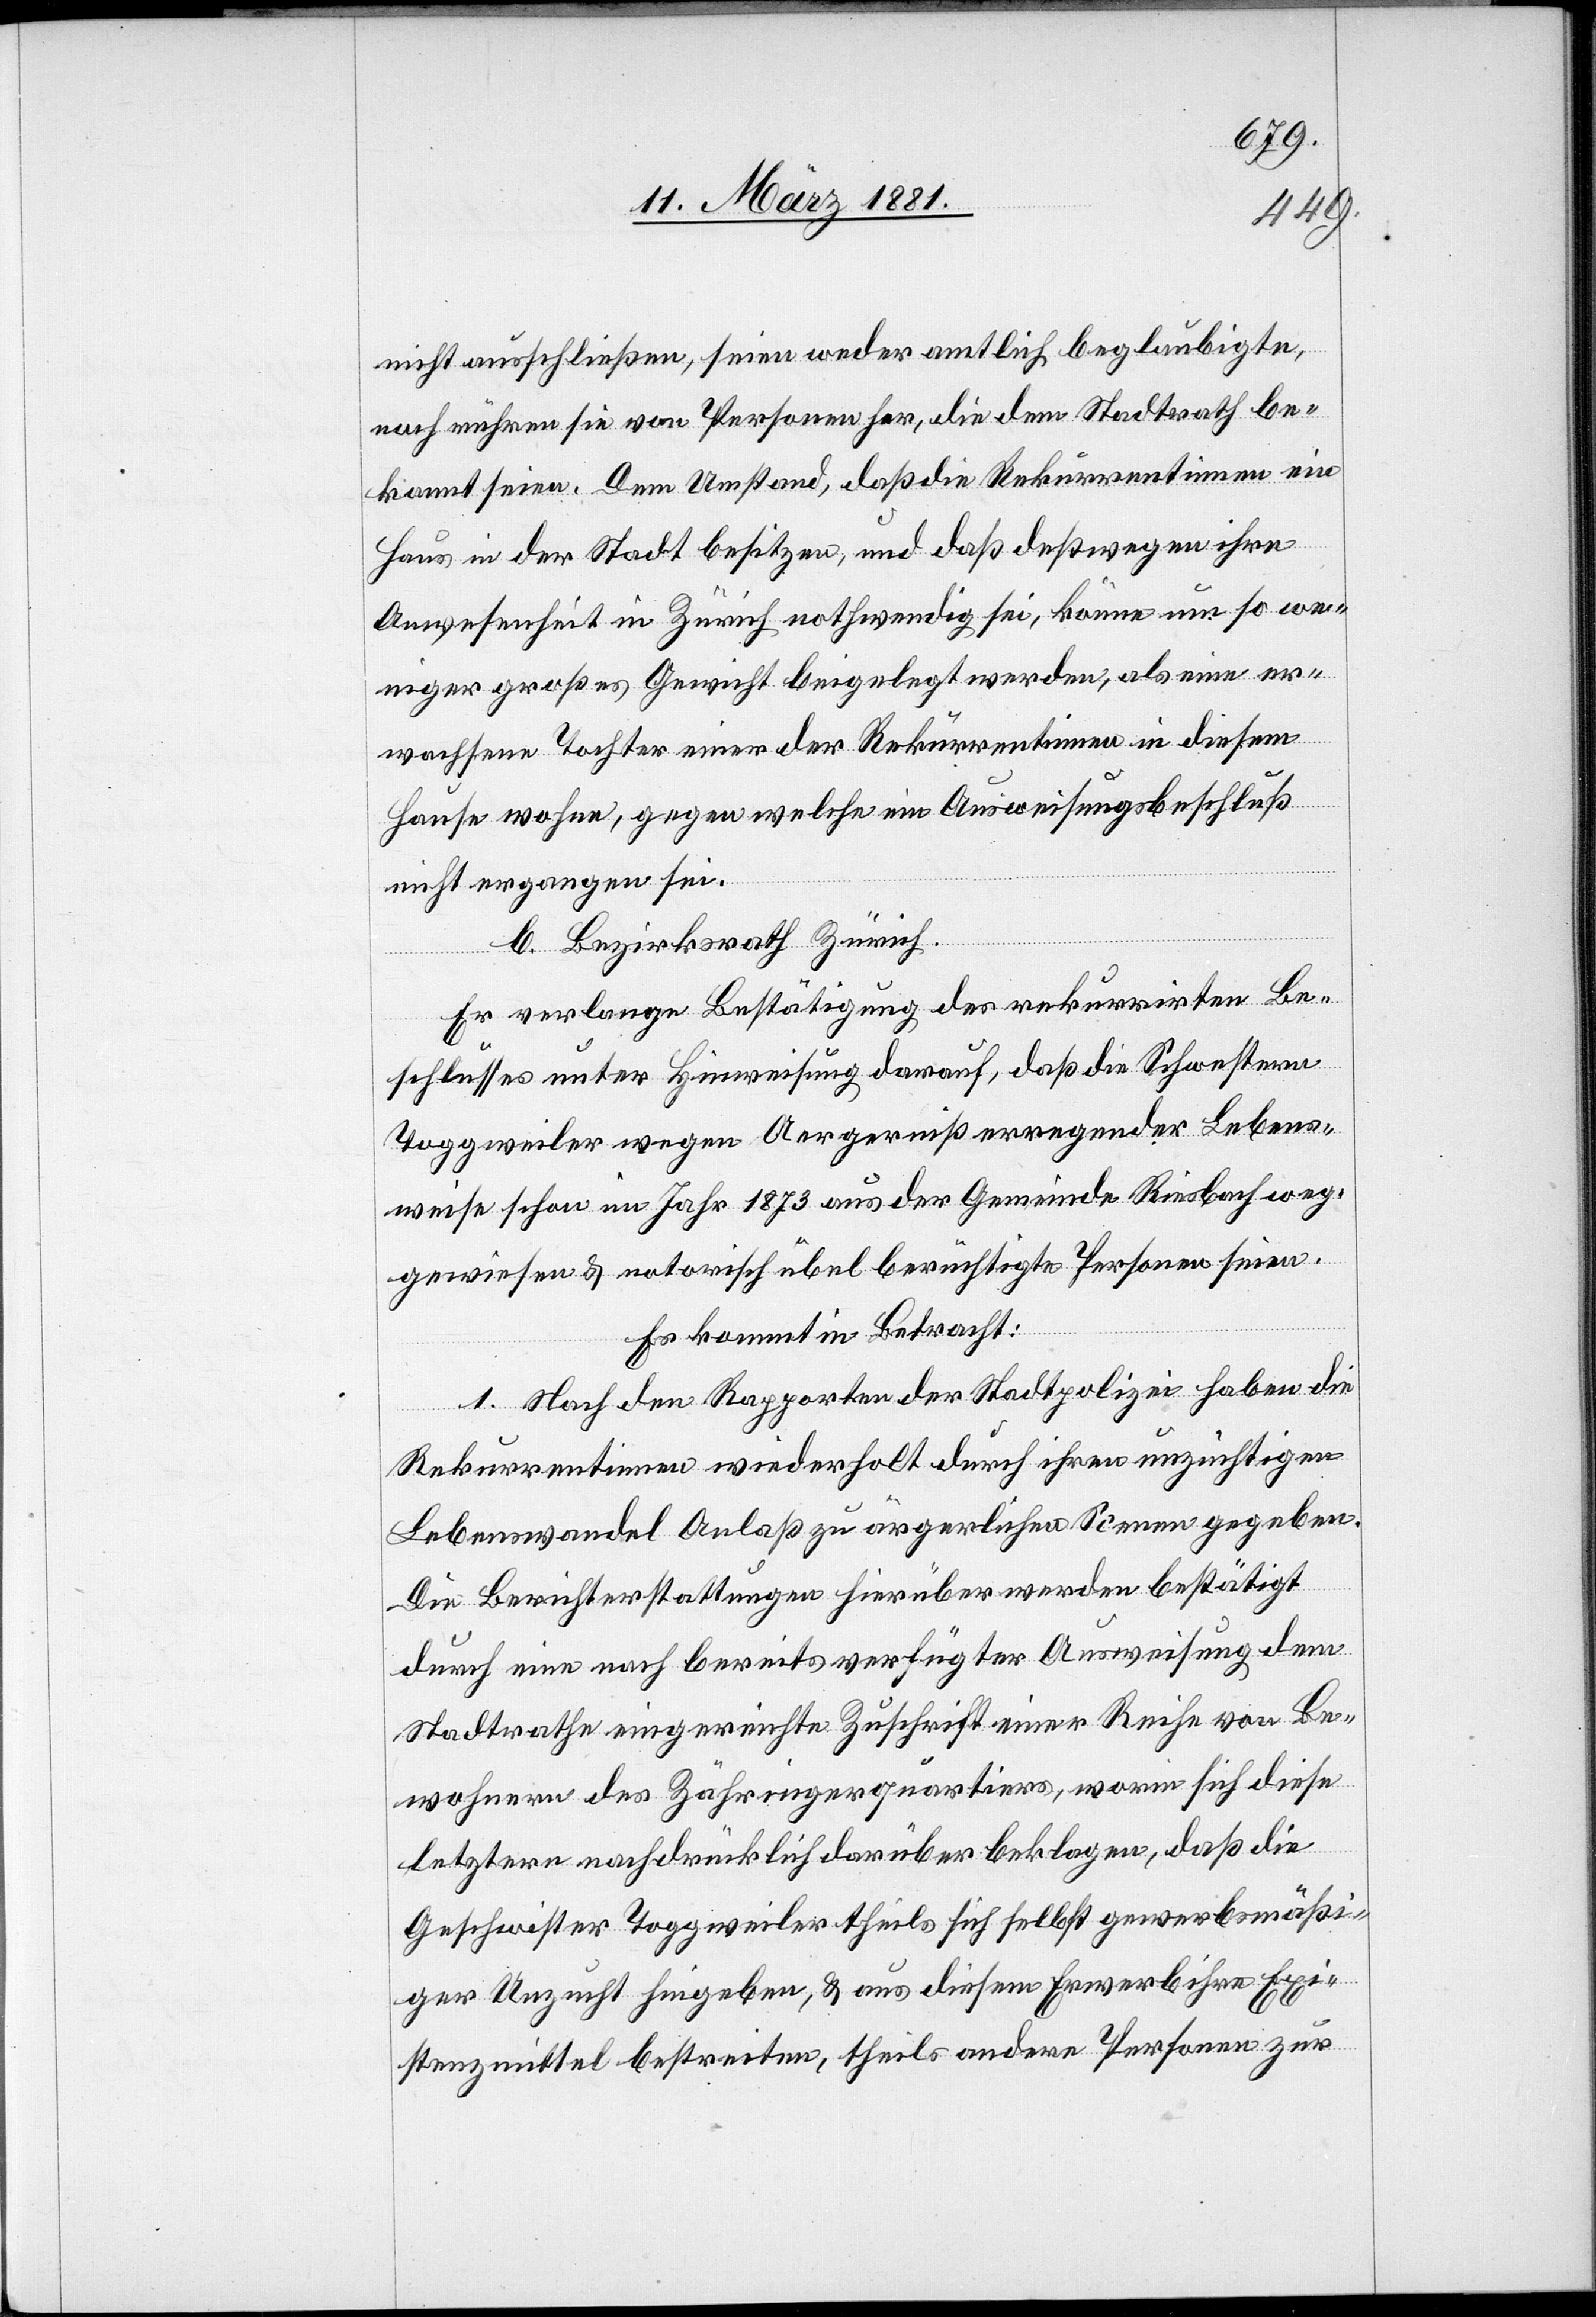
nicht ausschließen, seien weder amtlich beglaubigte,
noch nähren sie von Personen her, die dem Stadtrath be¬
kannt seinen. Dem Umstand, daß die Rekurrentinnen ein
Haus in der Stadt besitzen, und daß deßwegen ihre
Anwesenheit in Zürich nothwendig sei, könne um so we¬
niger großes Gewicht beigelegt werden, als eine er¬
wachsene Tochter einer der Rekurrentinnen in diesem
Hause wohne, gegen welche ein Ausweisungsbeschluß
nicht ergangen sei.
b. Bezirksrath Zürich.
Er verlange Bestätigung des rekurrirten Be¬
schlusses unter Hinweisung darauf, daß die Schwester
Toggweiler wegen Aergerniß erregender Lebens¬
weise im Jahr 1873 aus der Gemeinde Riesbach weg¬
gewiesen & notorisch übel berüchtigte Personen seien.
Es kommt in Betracht:
1. Nach den Rapporten der Stadtpolizei haben die
Rekurrentinnen wiederholt durch ihren unzüchtigen
Lebenswandel Anlaß zu ärgerlichen Scenen gegeben.
Die Berichterstattungen hierüber werden bestätigt
durch eine nach bereits verfügter Ausweisung dem
Stadtrathe eingereichte Zuschrift einer Reihe von Be¬
wohnern des Zähringerquartiers, worin sich diese
letztere nachdrücklich darüber beklagen, daß die
Geschwister Toggweiler theils sich selbst gewerbsmäßi¬
ger Unzucht hingeben, & aus diesem Erwerb ihre Exi¬
stenzmittel bestreiten, theils andere Personen zur